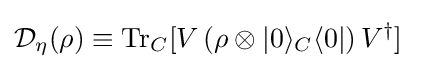
{\mathcal {D}}_{\eta }(\rho )\equiv {\mbox{Tr}}_{C}[V\left(\rho \otimes |0\rangle _{C}\langle 0|\right)V^{\dagger }]\;